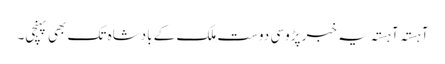
آہستہ آہستہ یہ خبر پڑوسی دوست ملک کے بادشاہ تک بھی پہنچی۔